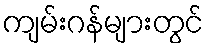
ကျမ်းဂန်များတွင်